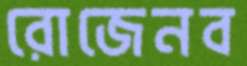
রোজেনব